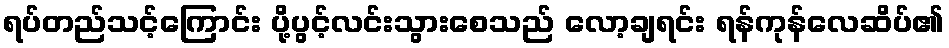
ရပ်တည်သင့်ကြောင်း ပို့ပွင့်လင်းသွားစေသည် လော့ချရင်း ရန်ကုန်လေဆိပ်၏